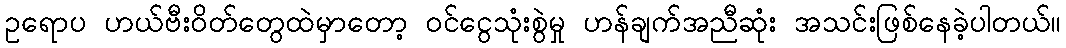
ဥရောပ ဟယ်ဗီးဝိတ်တွေထဲမှာတော့ ဝင်ငွေသုံးစွဲမှု ဟန်ချက်အညီဆုံး အသင်းဖြစ်နေခဲ့ပါတယ်။